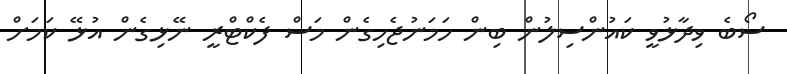
ސޯބެ ވިދާޅުވީ ކައުންސިލުން ބިން ހަމަނުޖެހިގެން މަސް ފެކްޓްރީ ނޭޅިގެން އުޅޭ ކަމަށް